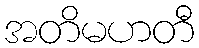
အတိမဟတီ